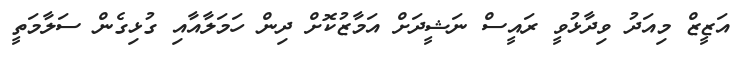
އަޒީޒް މިއަދު ވިދާޅުވީ ރައީސް ނަޝީދަށް އަމާޒުކޮށް ދިން ހަމަލާއާއި ގުޅިގެން ސަލާމަތީ